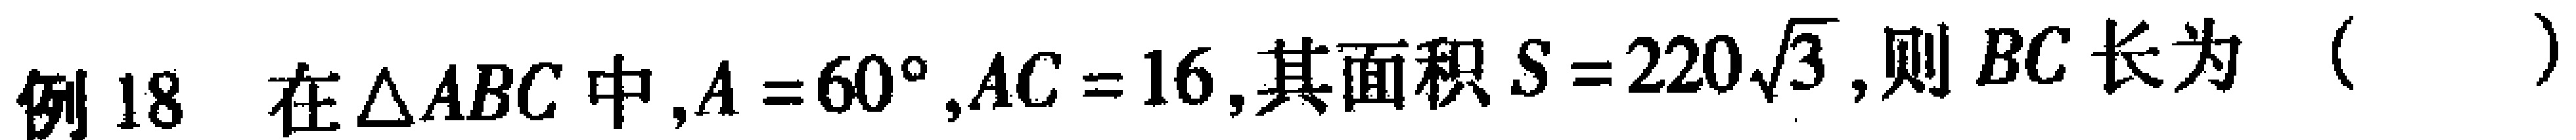
例18 在$\triangle ABC$中,$A = 60^{\circ},AC = 16$,其面积$S = 220\sqrt{3}$,则$BC$长为（  ）